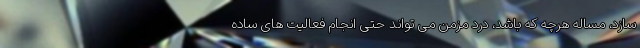
سازد، مساله هرچه که باشد، درد مزمن می تواند حتی انجام فعالیت های ساده